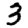
Digit: 3